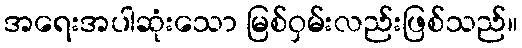
အရေးအပါဆုံးသော မြစ်ဝှမ်းလည်းဖြစ်သည်။